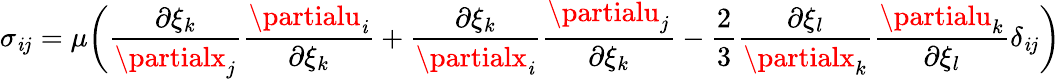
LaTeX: \sigma_{\mathit{i}j}=\mu\bigg(\frac{{\partial\xi_{k}}}{{\partialx_{j}}}\frac{{\partialu_{\mathit{i}}}}{{\partial\xi_{k}}}+\frac{{\partial\xi_{k}}}{{\partialx_{\mathit{i}}}}\frac{{\partialu_{j}}}{{\partial\xi_{k}}}-\frac{{2}}{{3}}\frac{{\partial\xi_{l}}}{{\partialx_{k}}}\frac{{\partialu_{k}}}{{\partial\xi_{l}}}\delta_{\mathit{i}j}\bigg)